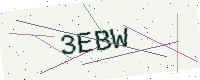
Text: 3EBW